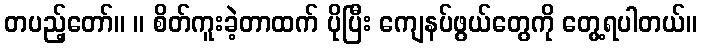
တပည့်တော်။ ။ စိတ်ကူးခဲ့တာထက် ပိုပြီး ကျေနပ်ဖွယ်တွေကို တွေ့ရပါတယ်။